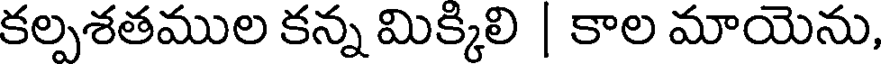
కల్పశతముల కన్న మిక్కిలి | కాల మాయెను,